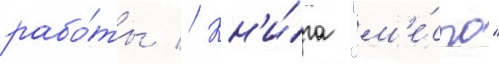
рабо́ты // Кн'и́га "м'е́сто"